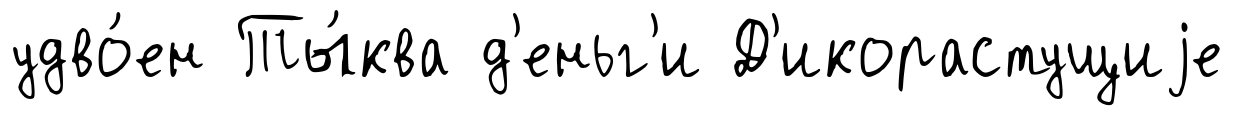
удво́ен Ты́ква д'еньг'и Д'икорастущиjе